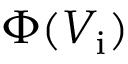
\Phi ( V _ { \mathrm { i } } )